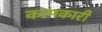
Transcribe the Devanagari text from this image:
कामकारी